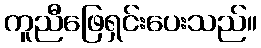
ကူညီဖြေရှင်းပေးသည်။